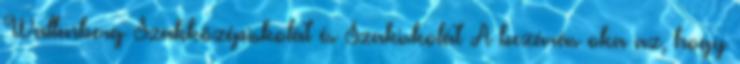
Wallenberg Szakközépiskolát és Szakiskolát A bezárás oka az, hogy